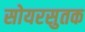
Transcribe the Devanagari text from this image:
सोयरसुतक